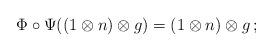
LaTeX: \begin{align*} \Phi \circ \Psi((1 \otimes n) \otimes g) = (1 \otimes n) \otimes g\,; \end{align*}